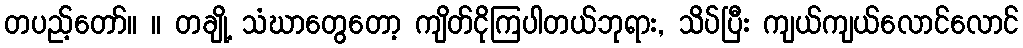
တပည့်တော်။ ။ တချို့ သံဃာတွေတော့ ကျိတ်ငိုကြပါတယ်ဘုရား, သိပ်ပြီး ကျယ်ကျယ်လောင်လောင်